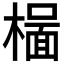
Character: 𬄥